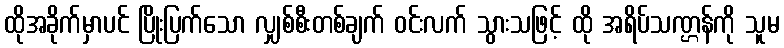
ထိုအခိုက်မှာပင် ပြိုးပြက်သော လျှစ်စီးတစ်ချက် ဝင်းလက် သွားသဖြင့် ထို အရိပ်သဏ္ဌန်ကို သူမ